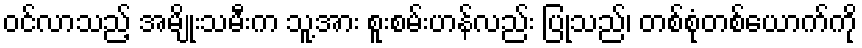
ဝင်လာသည့် အမျိုးသမီးက သူ့အား စူးစမ်းဟန်လည်း ပြုသည်၊ တစ်စုံတစ်ယောက်ကို